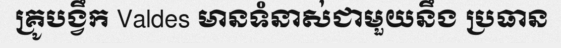
គ្រូបង្វឹក Valdes មានទំនាស់ជាមួយនឹង ប្រធាន